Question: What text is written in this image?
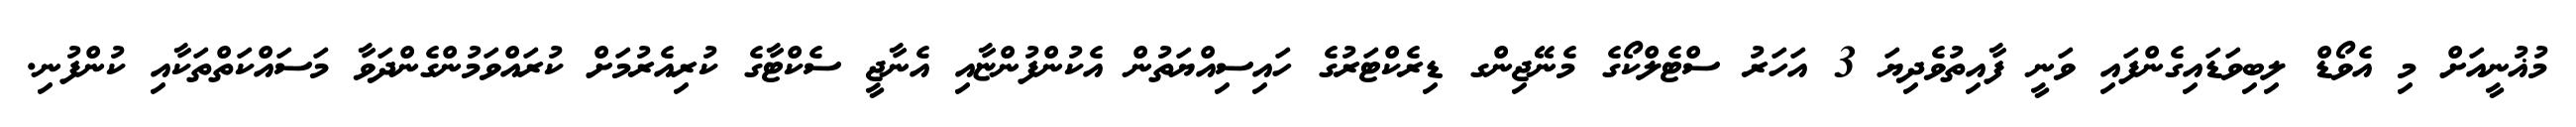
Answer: މުޣުނީއަށް މި އެވޯޑް ލިބިވަޑައިގެންފައި ވަނީ ފާއިތުވެދިޔަ 3 އަހަރު ސްޓެލްކޯގެ މެނޭޖިންގ ޑިރެކްޓަރުގެ ހައިސިއްޔަތުން އެކުންފުންޏާއި އެނާޖީ ސެކްޓާގެ ކުރިއެރުމަށް ކުރައްވަމުންގެންދަވާ މަސައްކަތްތަކާއި ކުންފުނި.